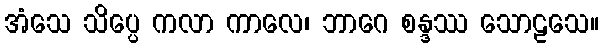
အံသေ သိပ္ပေ ကလာ ကာလေ၊ ဘာဂေ စန္ဒဿ သောဠသေ။